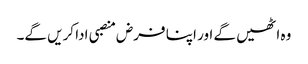
وہ اٹھیں گے اور اپنا فرض منصبی ادا کریں گے۔